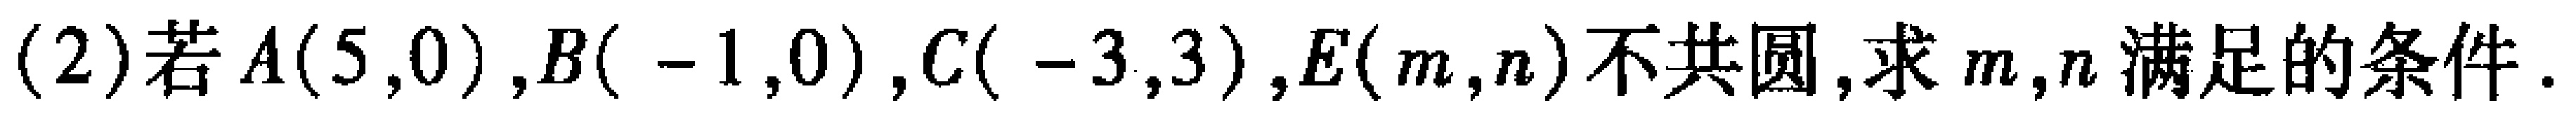
(2)若\(A(5,0)\),\(B(-1,0)\),\(C(-3,3)\),\(E(m,n)\)不共圆,求\(m,n\)满足的条件.